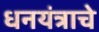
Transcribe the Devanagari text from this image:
धनयंत्राचे